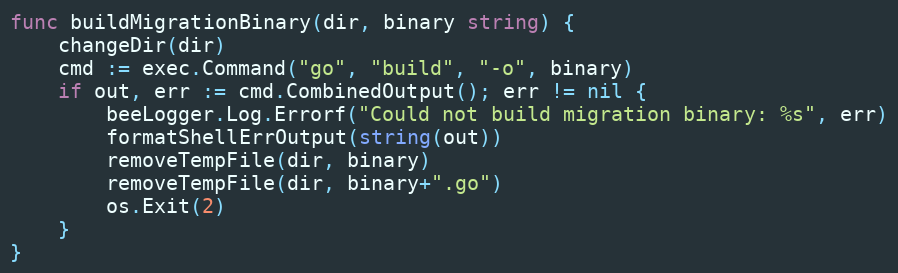
Language: Go
func buildMigrationBinary(dir, binary string) {
	changeDir(dir)
	cmd := exec.Command("go", "build", "-o", binary)
	if out, err := cmd.CombinedOutput(); err != nil {
		beeLogger.Log.Errorf("Could not build migration binary: %s", err)
		formatShellErrOutput(string(out))
		removeTempFile(dir, binary)
		removeTempFile(dir, binary+".go")
		os.Exit(2)
	}
}